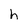
Character: h